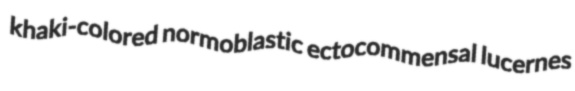
khaki-colored normoblastic ectocommensal lucernes